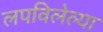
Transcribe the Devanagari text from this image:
लपविलेल्या